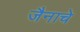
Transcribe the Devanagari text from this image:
जैनाचे